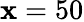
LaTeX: \mathbf{x}=50